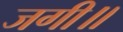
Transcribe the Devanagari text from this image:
जगी॥